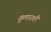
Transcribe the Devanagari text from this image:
तुलाराशौ